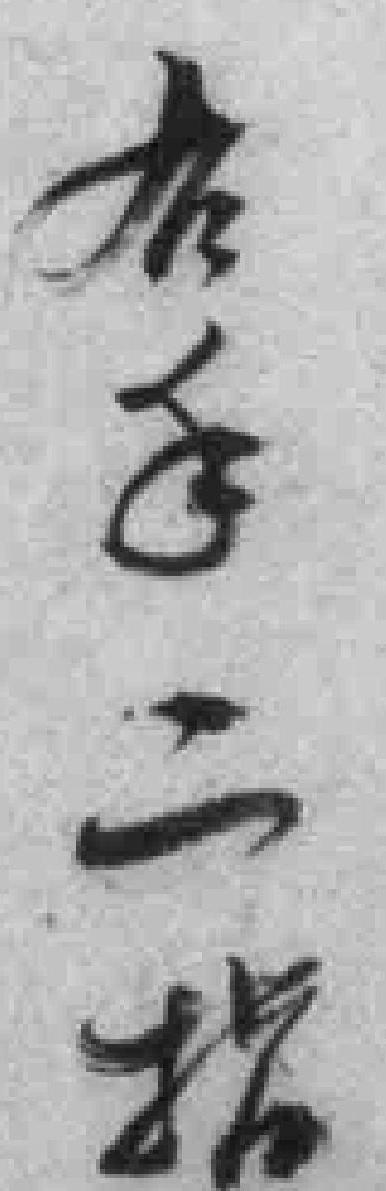
右手二指